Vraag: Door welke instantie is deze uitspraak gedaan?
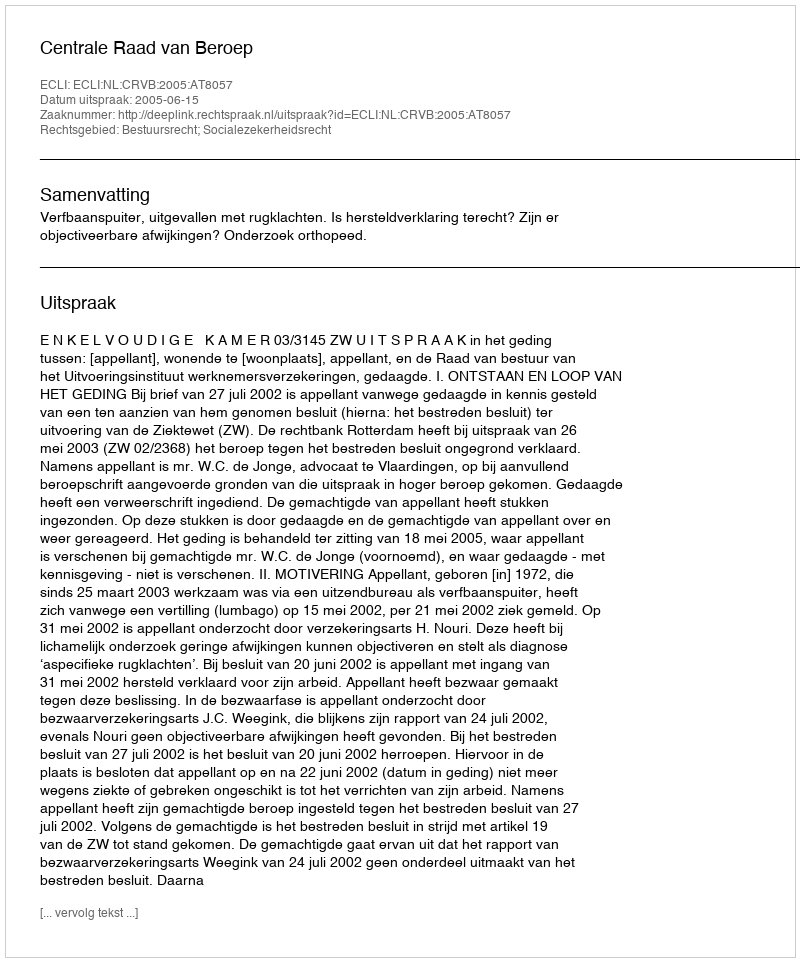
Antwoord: Centrale Raad van Beroep